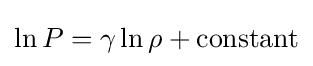
\ln P=\gamma \ln \rho +\mathrm {constant}